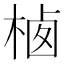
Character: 𰗲